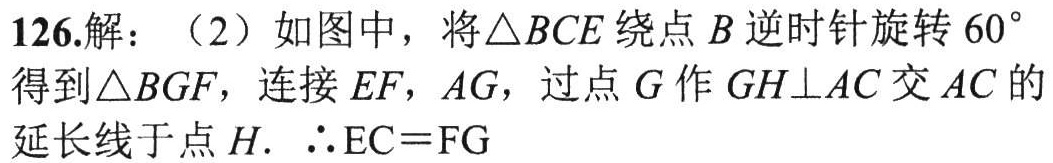
126.解：（2）如图中，将\(\triangle BCE\)绕点\(B\)逆时针旋转\(60^{\circ}\)得到\(\triangle BGF\)，连接\(EF\)，\(AG\)，过点\(G\)作\(GH\perp AC\)交\(AC\)的延长线于点\(H\)．\(\therefore EC = FG\)